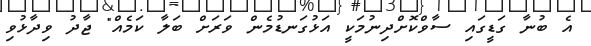
އެ ބުނާ ގަޑީގައި ސާވްކޮށްދިނުމަކީ އަޅުގަނޑުމެން ވަރަށް ބަލާ ކަމެއް" ޖާދު ވިދާޅުވި